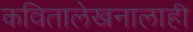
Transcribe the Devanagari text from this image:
कवितालेखनालाही